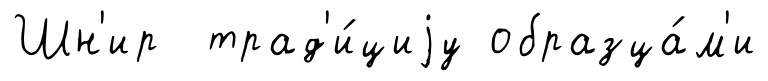
Шн'ир трад'и́циjу образца́м'и